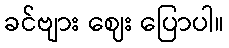
ခင်ဗျား ဈေး ပြောပါ။